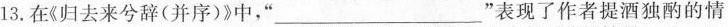
13.在《归去来兮辞(并序)》中，” ___”表现了作者提酒独酌的情